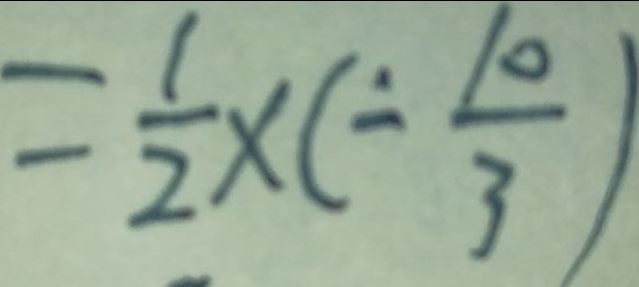
= \frac { 1 } { 2 } \times ( - \frac { 1 0 } { 3 } )